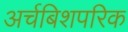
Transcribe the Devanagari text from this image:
अर्चबिशपरिक